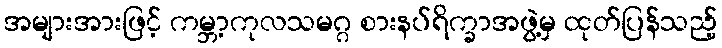
အများအားဖြင့် ကမ္ဘာ့ကုလသမဂ္ဂ စားနပ်ရိက္ခာအဖွဲ့မှ ထုတ်ပြန်သည့်